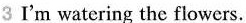
3 I'm watering the flowers.